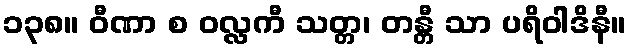
၁၃၈။ ဝီဏာ စ ဝလ္လကီ သတ္တ၊ တန္တီ သာ ပရိဝါဒိနီ။